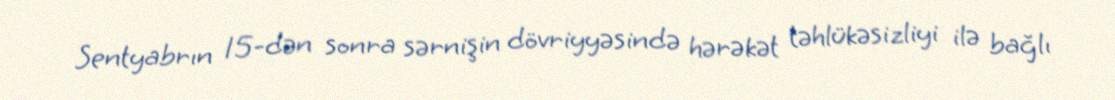
Sentyabrın 15-dən sonra sərnişin dövriyyəsində hərəkət təhlükəsizliyi ilə bağlı